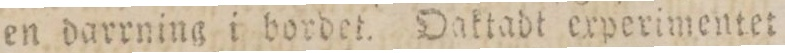
en darrning i bordet. Oaktadt experimentet